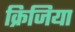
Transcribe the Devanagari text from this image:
क्रिजिया